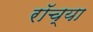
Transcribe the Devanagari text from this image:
रॉच्या